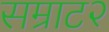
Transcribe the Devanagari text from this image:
सम्राट२